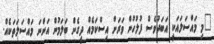
"މި މައްސަލައަކީ އަބަދުވެސް ފުލުހުން ވަރަށް އިސްކަމެއް ދީގެން ބަލަމުން އަންނަ މައްސަލަތަކެއް.